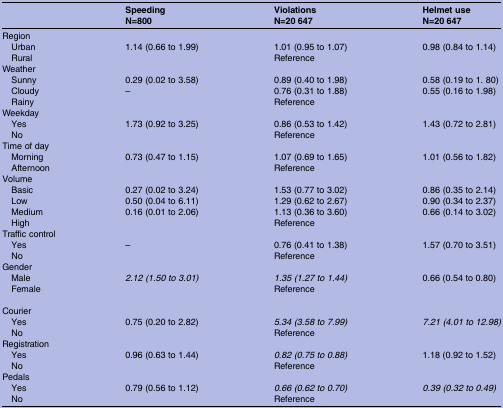
<table><thead><tr><td></td><td><b>Speeding</b></td><td><b>Violations</b></td><td><b>Helmet use</b></td></tr><tr><td></td><td><b>N=800</b></td><td><b>N=20 647</b></td><td><b>N=20 647</b></td></tr></thead><tbody><tr><td colspan="4">Region</td></tr><tr><td> Urban</td><td>1.14 (0.66 to 1.99)</td><td>1.01 (0.95 to 1.07)</td><td>0.98 (0.84 to 1.14)</td></tr><tr><td> Rural</td><td></td><td>Reference</td><td></td></tr><tr><td colspan="4">Weather</td></tr><tr><td> Sunny</td><td>0.29 (0.02 to 3.58)</td><td>0.89 (0.40 to 1.98)</td><td>0.58 (0.19 to 1. 80)</td></tr><tr><td> Cloudy</td><td>–</td><td>0.76 (0.31 to 1.88)</td><td>0.55 (0.16 to 1.98)</td></tr><tr><td> Rainy</td><td></td><td>Reference</td><td></td></tr><tr><td colspan="4">Weekday</td></tr><tr><td> Yes</td><td>1.73 (0.92 to 3.25)</td><td>0.86 (0.53 to 1.42)</td><td>1.43 (0.72 to 2.81)</td></tr><tr><td> No</td><td></td><td>Reference</td><td></td></tr><tr><td colspan="4">Time of day</td></tr><tr><td> Morning</td><td>0.73 (0.47 to 1.15)</td><td>1.07 (0.69 to 1.65)</td><td>1.01 (0.56 to 1.82)</td></tr><tr><td> Afternoon</td><td></td><td>Reference</td><td></td></tr><tr><td colspan="4">Volume</td></tr><tr><td> Basic</td><td>0.27 (0.02 to 3.24)</td><td>1.53 (0.77 to 3.02)</td><td>0.86 (0.35 to 2.14)</td></tr><tr><td> Low</td><td>0.50 (0.04 to 6.11)</td><td>1.29 (0.62 to 2.67)</td><td>0.90 (0.34 to 2.37)</td></tr><tr><td> Medium</td><td>0.16 (0.01 to 2.06)</td><td>1.13 (0.36 to 3.60)</td><td>0.66 (0.14 to 3.02)</td></tr><tr><td> High</td><td></td><td>Reference</td><td></td></tr><tr><td colspan="4">Traffic control</td></tr><tr><td> Yes</td><td>–</td><td>0.76 (0.41 to 1.38)</td><td>1.57 (0.70 to 3.51)</td></tr><tr><td> No</td><td></td><td>Reference</td><td></td></tr><tr><td colspan="4">Gender</td></tr><tr><td> Male</td><td><i>2.12 (1.50 to 3.01)</i></td><td><i>1.35 (1.27 to 1.44)</i></td><td>0.66 (0.54 to 0.80)</td></tr><tr><td> Female</td><td></td><td>Reference</td><td></td></tr><tr><td colspan="4">Courier</td></tr><tr><td> Yes</td><td>0.75 (0.20 to 2.82)</td><td><i>5.34 (3.58 to 7.99)</i></td><td><i>7.21 (4.01 to 12.98)</i></td></tr><tr><td> No</td><td></td><td>Reference</td><td></td></tr><tr><td colspan="4">Registration</td></tr><tr><td> Yes</td><td>0.96 (0.63 to 1.44)</td><td><i>0.82 (0.75 to 0.88)</i></td><td>1.18 (0.92 to 1.52)</td></tr><tr><td> No</td><td></td><td>Reference</td><td></td></tr><tr><td colspan="4">Pedals</td></tr><tr><td> Yes</td><td>0.79 (0.56 to 1.12)</td><td><i>0.66 (0.62 to 0.70)</i></td><td><i>0.39 (0.32 to 0.49)</i></td></tr><tr><td> No</td><td></td><td>Reference</td><td></td></tr></tbody></table>